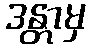
ဒန္တာမှ